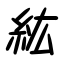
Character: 紘